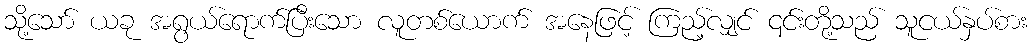
သို့သော် ယခု အရွယ်ရောက်ပြီးသော လူတစ်ယောက် အနေဖြင့် ကြည့်လျှင် ၎င်းတို့သည် သူငယ်နှပ်စား